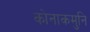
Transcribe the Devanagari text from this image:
कोनाकमुनि